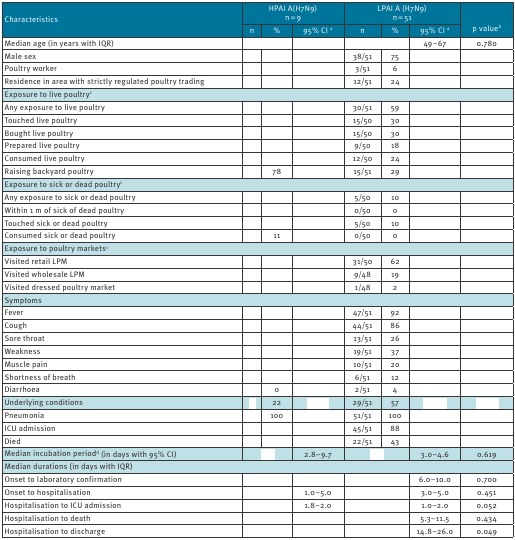
<table><thead><tr><td rowspan="2"><b>Characteristics</b></td><td colspan="3"><b>HPAI A(H7N9)n = 9</b></td><td colspan="3"><b>LPAI A (H7N9)n = 51</b></td><td rowspan="2"><b>p value<sup>b</sup></b></td></tr><tr><td><b>n</b></td><td><b>% </b></td><td><b>95% CI <sup>a</sup></b></td><td><b>n</b></td><td><b>% </b></td><td><b>95% CI <sup>a</sup></b></td></tr></thead><tbody><tr><td>Median age (in years with IQR)</td><td colspan="2">[EMPTY_CELL]</td><td>[EMPTY_CELL]</td><td colspan="2">[EMPTY_CELL]</td><td>49–67</td><td>0.780</td></tr><tr><td>Male sex</td><td>[EMPTY_CELL]</td><td>[EMPTY_CELL]</td><td>[EMPTY_CELL]</td><td>38/51</td><td>75</td><td>[EMPTY_CELL]</td><td>[EMPTY_CELL]</td></tr><tr><td>Poultry worker</td><td>[EMPTY_CELL]</td><td>[EMPTY_CELL]</td><td>[EMPTY_CELL]</td><td>3/51</td><td>6</td><td>[EMPTY_CELL]</td><td>[EMPTY_CELL]</td></tr><tr><td>Residence in area with strictly regulated poultry trading</td><td>[EMPTY_CELL]</td><td>[EMPTY_CELL]</td><td>[EMPTY_CELL]</td><td>12/51</td><td>24</td><td>[EMPTY_CELL]</td><td>[EMPTY_CELL]</td></tr><tr><td colspan="8">Exposure to live poultry<sup>c</sup></td></tr><tr><td>Any exposure to live poultry</td><td>[EMPTY_CELL]</td><td>[EMPTY_CELL]</td><td>[EMPTY_CELL]</td><td>30/51</td><td>59</td><td>[EMPTY_CELL]</td><td>[EMPTY_CELL]</td></tr><tr><td>Touched live poultry</td><td>[EMPTY_CELL]</td><td>[EMPTY_CELL]</td><td>[EMPTY_CELL]</td><td>15/50</td><td>30</td><td>[EMPTY_CELL]</td><td>[EMPTY_CELL]</td></tr><tr><td>Bought live poultry</td><td>[EMPTY_CELL]</td><td>[EMPTY_CELL]</td><td>[EMPTY_CELL]</td><td>15/50</td><td>30</td><td>[EMPTY_CELL]</td><td>[EMPTY_CELL]</td></tr><tr><td>Prepared live poultry</td><td>[EMPTY_CELL]</td><td>[EMPTY_CELL]</td><td>[EMPTY_CELL]</td><td>9/50</td><td>18</td><td>[EMPTY_CELL]</td><td>[EMPTY_CELL]</td></tr><tr><td>Consumed live poultry</td><td>[EMPTY_CELL]</td><td>[EMPTY_CELL]</td><td>[EMPTY_CELL]</td><td>12/50</td><td>24</td><td>[EMPTY_CELL]</td><td>[EMPTY_CELL]</td></tr><tr><td>Raising backyard poultry</td><td>[EMPTY_CELL]</td><td>78</td><td>[EMPTY_CELL]</td><td>15/51</td><td>29</td><td>[EMPTY_CELL]</td><td>[EMPTY_CELL]</td></tr><tr><td colspan="8">Exposure to sick or dead poultry<sup>c</sup></td></tr><tr><td>Any exposure to sick or dead poultry</td><td>[EMPTY_CELL]</td><td>[EMPTY_CELL]</td><td>[EMPTY_CELL]</td><td>5/50</td><td>10</td><td>[EMPTY_CELL]</td><td>[EMPTY_CELL]</td></tr><tr><td>Within 1 m of sick of dead poultry</td><td>[EMPTY_CELL]</td><td>[EMPTY_CELL]</td><td>[EMPTY_CELL]</td><td>0/50</td><td>0</td><td>[EMPTY_CELL]</td><td>[EMPTY_CELL]</td></tr><tr><td>Touched sick or dead poultry</td><td>[EMPTY_CELL]</td><td>[EMPTY_CELL]</td><td>[EMPTY_CELL]</td><td>5/50</td><td>10</td><td>[EMPTY_CELL]</td><td>[EMPTY_CELL]</td></tr><tr><td>Consumed sick or dead poultry</td><td>[EMPTY_CELL]</td><td>11</td><td>[EMPTY_CELL]</td><td>0/50</td><td>0</td><td>[EMPTY_CELL]</td><td>[EMPTY_CELL]</td></tr><tr><td colspan="8">Exposure to poultry markets<sup>c</sup></td></tr><tr><td>Visited retail LPM</td><td>[EMPTY_CELL]</td><td>[EMPTY_CELL]</td><td>[EMPTY_CELL]</td><td>31/50</td><td>62</td><td>[EMPTY_CELL]</td><td>[EMPTY_CELL]</td></tr><tr><td>Visited wholesale LPM</td><td>[EMPTY_CELL]</td><td>[EMPTY_CELL]</td><td>[EMPTY_CELL]</td><td>9/48</td><td>19</td><td>[EMPTY_CELL]</td><td>[EMPTY_CELL]</td></tr><tr><td>Visited dressed poultry market</td><td>[EMPTY_CELL]</td><td>[EMPTY_CELL]</td><td>[EMPTY_CELL]</td><td>1/48</td><td>2</td><td>[EMPTY_CELL]</td><td>[EMPTY_CELL]</td></tr><tr><td colspan="8">Symptoms</td></tr><tr><td>Fever</td><td>[EMPTY_CELL]</td><td>[EMPTY_CELL]</td><td>[EMPTY_CELL]</td><td>47/51</td><td>92</td><td>[EMPTY_CELL]</td><td>[EMPTY_CELL]</td></tr><tr><td>Cough</td><td>[EMPTY_CELL]</td><td>[EMPTY_CELL]</td><td>[EMPTY_CELL]</td><td>44/51</td><td>86</td><td>[EMPTY_CELL]</td><td>[EMPTY_CELL]</td></tr><tr><td>Sore throat</td><td>[EMPTY_CELL]</td><td>[EMPTY_CELL]</td><td>[EMPTY_CELL]</td><td>13/51</td><td>26</td><td>[EMPTY_CELL]</td><td>[EMPTY_CELL]</td></tr><tr><td>Weakness</td><td>[EMPTY_CELL]</td><td>[EMPTY_CELL]</td><td>[EMPTY_CELL]</td><td>19/51</td><td>37</td><td>[EMPTY_CELL]</td><td>[EMPTY_CELL]</td></tr><tr><td>Muscle pain</td><td>[EMPTY_CELL]</td><td>[EMPTY_CELL]</td><td>[EMPTY_CELL]</td><td>10/51</td><td>20</td><td>[EMPTY_CELL]</td><td>[EMPTY_CELL]</td></tr><tr><td>Shortness of breath</td><td>[EMPTY_CELL]</td><td>[EMPTY_CELL]</td><td>[EMPTY_CELL]</td><td>6/51</td><td>12</td><td>[EMPTY_CELL]</td><td>[EMPTY_CELL]</td></tr><tr><td>Diarrhoea</td><td>[EMPTY_CELL]</td><td>0</td><td>[EMPTY_CELL]</td><td>2/51</td><td>4</td><td>[EMPTY_CELL]</td><td>[EMPTY_CELL]</td></tr><tr><td>Underlying conditions</td><td>[EMPTY_CELL]</td><td>22</td><td>[EMPTY_CELL]</td><td>29/51</td><td>57</td><td>[EMPTY_CELL]</td><td>[EMPTY_CELL]</td></tr><tr><td>Pneumonia</td><td>[EMPTY_CELL]</td><td>100</td><td>[EMPTY_CELL]</td><td>51/51 </td><td>100</td><td>[EMPTY_CELL]</td><td>[EMPTY_CELL]</td></tr><tr><td>ICU admission</td><td>[EMPTY_CELL]</td><td>[EMPTY_CELL]</td><td>[EMPTY_CELL]</td><td>45/51</td><td>88</td><td>[EMPTY_CELL]</td><td>[EMPTY_CELL]</td></tr><tr><td>Died</td><td>[EMPTY_CELL]</td><td>[EMPTY_CELL]</td><td>[EMPTY_CELL]</td><td>22/51 </td><td>43</td><td>[EMPTY_CELL]</td><td>[EMPTY_CELL]</td></tr><tr><td>Median incubation period<sup>d</sup> (in days with 95% CI)</td><td colspan="2">[EMPTY_CELL]</td><td>2.8–9.7</td><td colspan="2">[EMPTY_CELL]</td><td>3.0–4.6</td><td>0.619</td></tr><tr><td colspan="8">Median durations (in days with IQR)</td></tr><tr><td>Onset to laboratory confirmation</td><td colspan="2">[EMPTY_CELL]</td><td>[EMPTY_CELL]</td><td colspan="2">[EMPTY_CELL]</td><td>6.0–10.0</td><td>0.700</td></tr><tr><td>Onset to hospitalisation</td><td colspan="2">[EMPTY_CELL]</td><td>1.0–5.0</td><td colspan="2">[EMPTY_CELL]</td><td>3.0–5.0</td><td>0.451</td></tr><tr><td>Hospitalisation to ICU admission</td><td colspan="2">[EMPTY_CELL]</td><td>1.8–2.0</td><td colspan="2">[EMPTY_CELL]</td><td>1.0–2.0</td><td>0.052</td></tr><tr><td>Hospitalisation to death</td><td colspan="2">[EMPTY_CELL]</td><td>[EMPTY_CELL]</td><td colspan="2">[EMPTY_CELL]</td><td>5.3–11.5</td><td>0.434</td></tr><tr><td>Hospitalisation to discharge</td><td colspan="2">[EMPTY_CELL]</td><td>[EMPTY_CELL]</td><td colspan="2">[EMPTY_CELL]</td><td>14.8–26.0</td><td>0.049</td></tr></tbody></table>